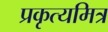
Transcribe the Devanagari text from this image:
प्रकृत्यमित्र